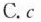
C. c